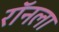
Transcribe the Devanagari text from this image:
रॉनला